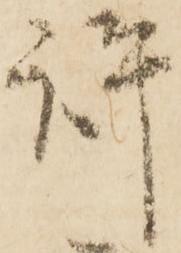
許